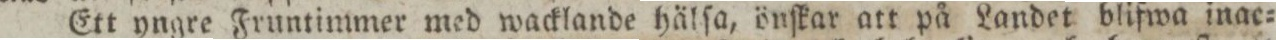
Ett yngre Fruntimmer med wacklande hälſa, önſkar att på Landet blifwa inac=